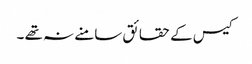
کیس کے حقائق سامنے نہ تھے ۔